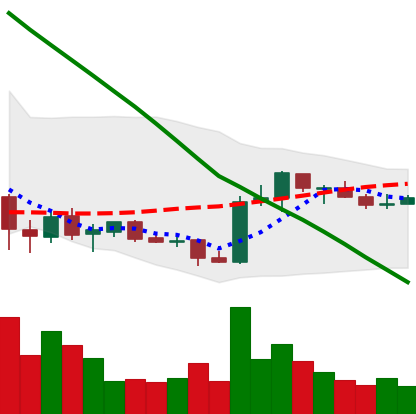
Ticker: ADA-USD
Chart end date: 2019-02-16
Forward return: 9.611%
Label: up_7plus